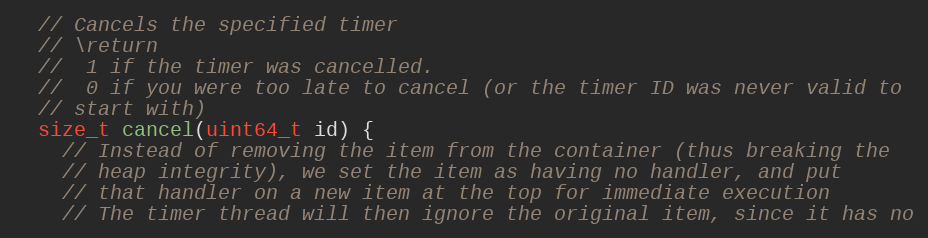
Language: C
  // Cancels the specified timer
  // \return
  //  1 if the timer was cancelled.
  //  0 if you were too late to cancel (or the timer ID was never valid to
  // start with)
  size_t cancel(uint64_t id) {
    // Instead of removing the item from the container (thus breaking the
    // heap integrity), we set the item as having no handler, and put
    // that handler on a new item at the top for immediate execution
    // The timer thread will then ignore the original item, since it has no